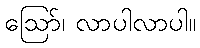
ဩော်၊ လာပါလာပါ။